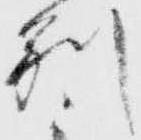
別